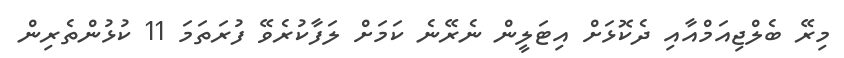
މިރޭ ބެލްޖިއަމްއާއި ދެކޮޅަށް އިޓަލީން ނެރޭނެ ކަމަށް ލަފާކުރެވޭ ފުރަތަމަ 11 ކުޅުންތެރިން